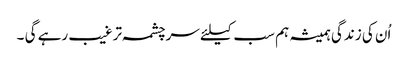
اُن کی زندگی ہمیشہ ہم سب کیلئے سرچشمہ ترغیب رہے گی ۔